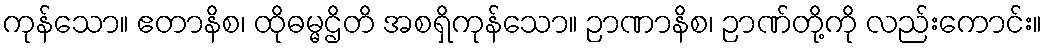
ကုန်သော။ ဧတာနိစ၊ ထိုဓမ္မဌိတိ အစရှိကုန်သော။ ဉာဏာနိစ၊ ဉာဏ်တို့ကို လည်းကောင်း။